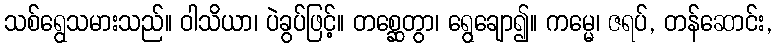
သစ်ရွေသမားသည်။ ဝါသိယာ၊ ပဲခွပ်ဖြင့်။ တစ္ဆေတွာ၊ ရွေချော၍။ ကမ္မေ၊ ဇရပ်, တန်ဆောင်း,